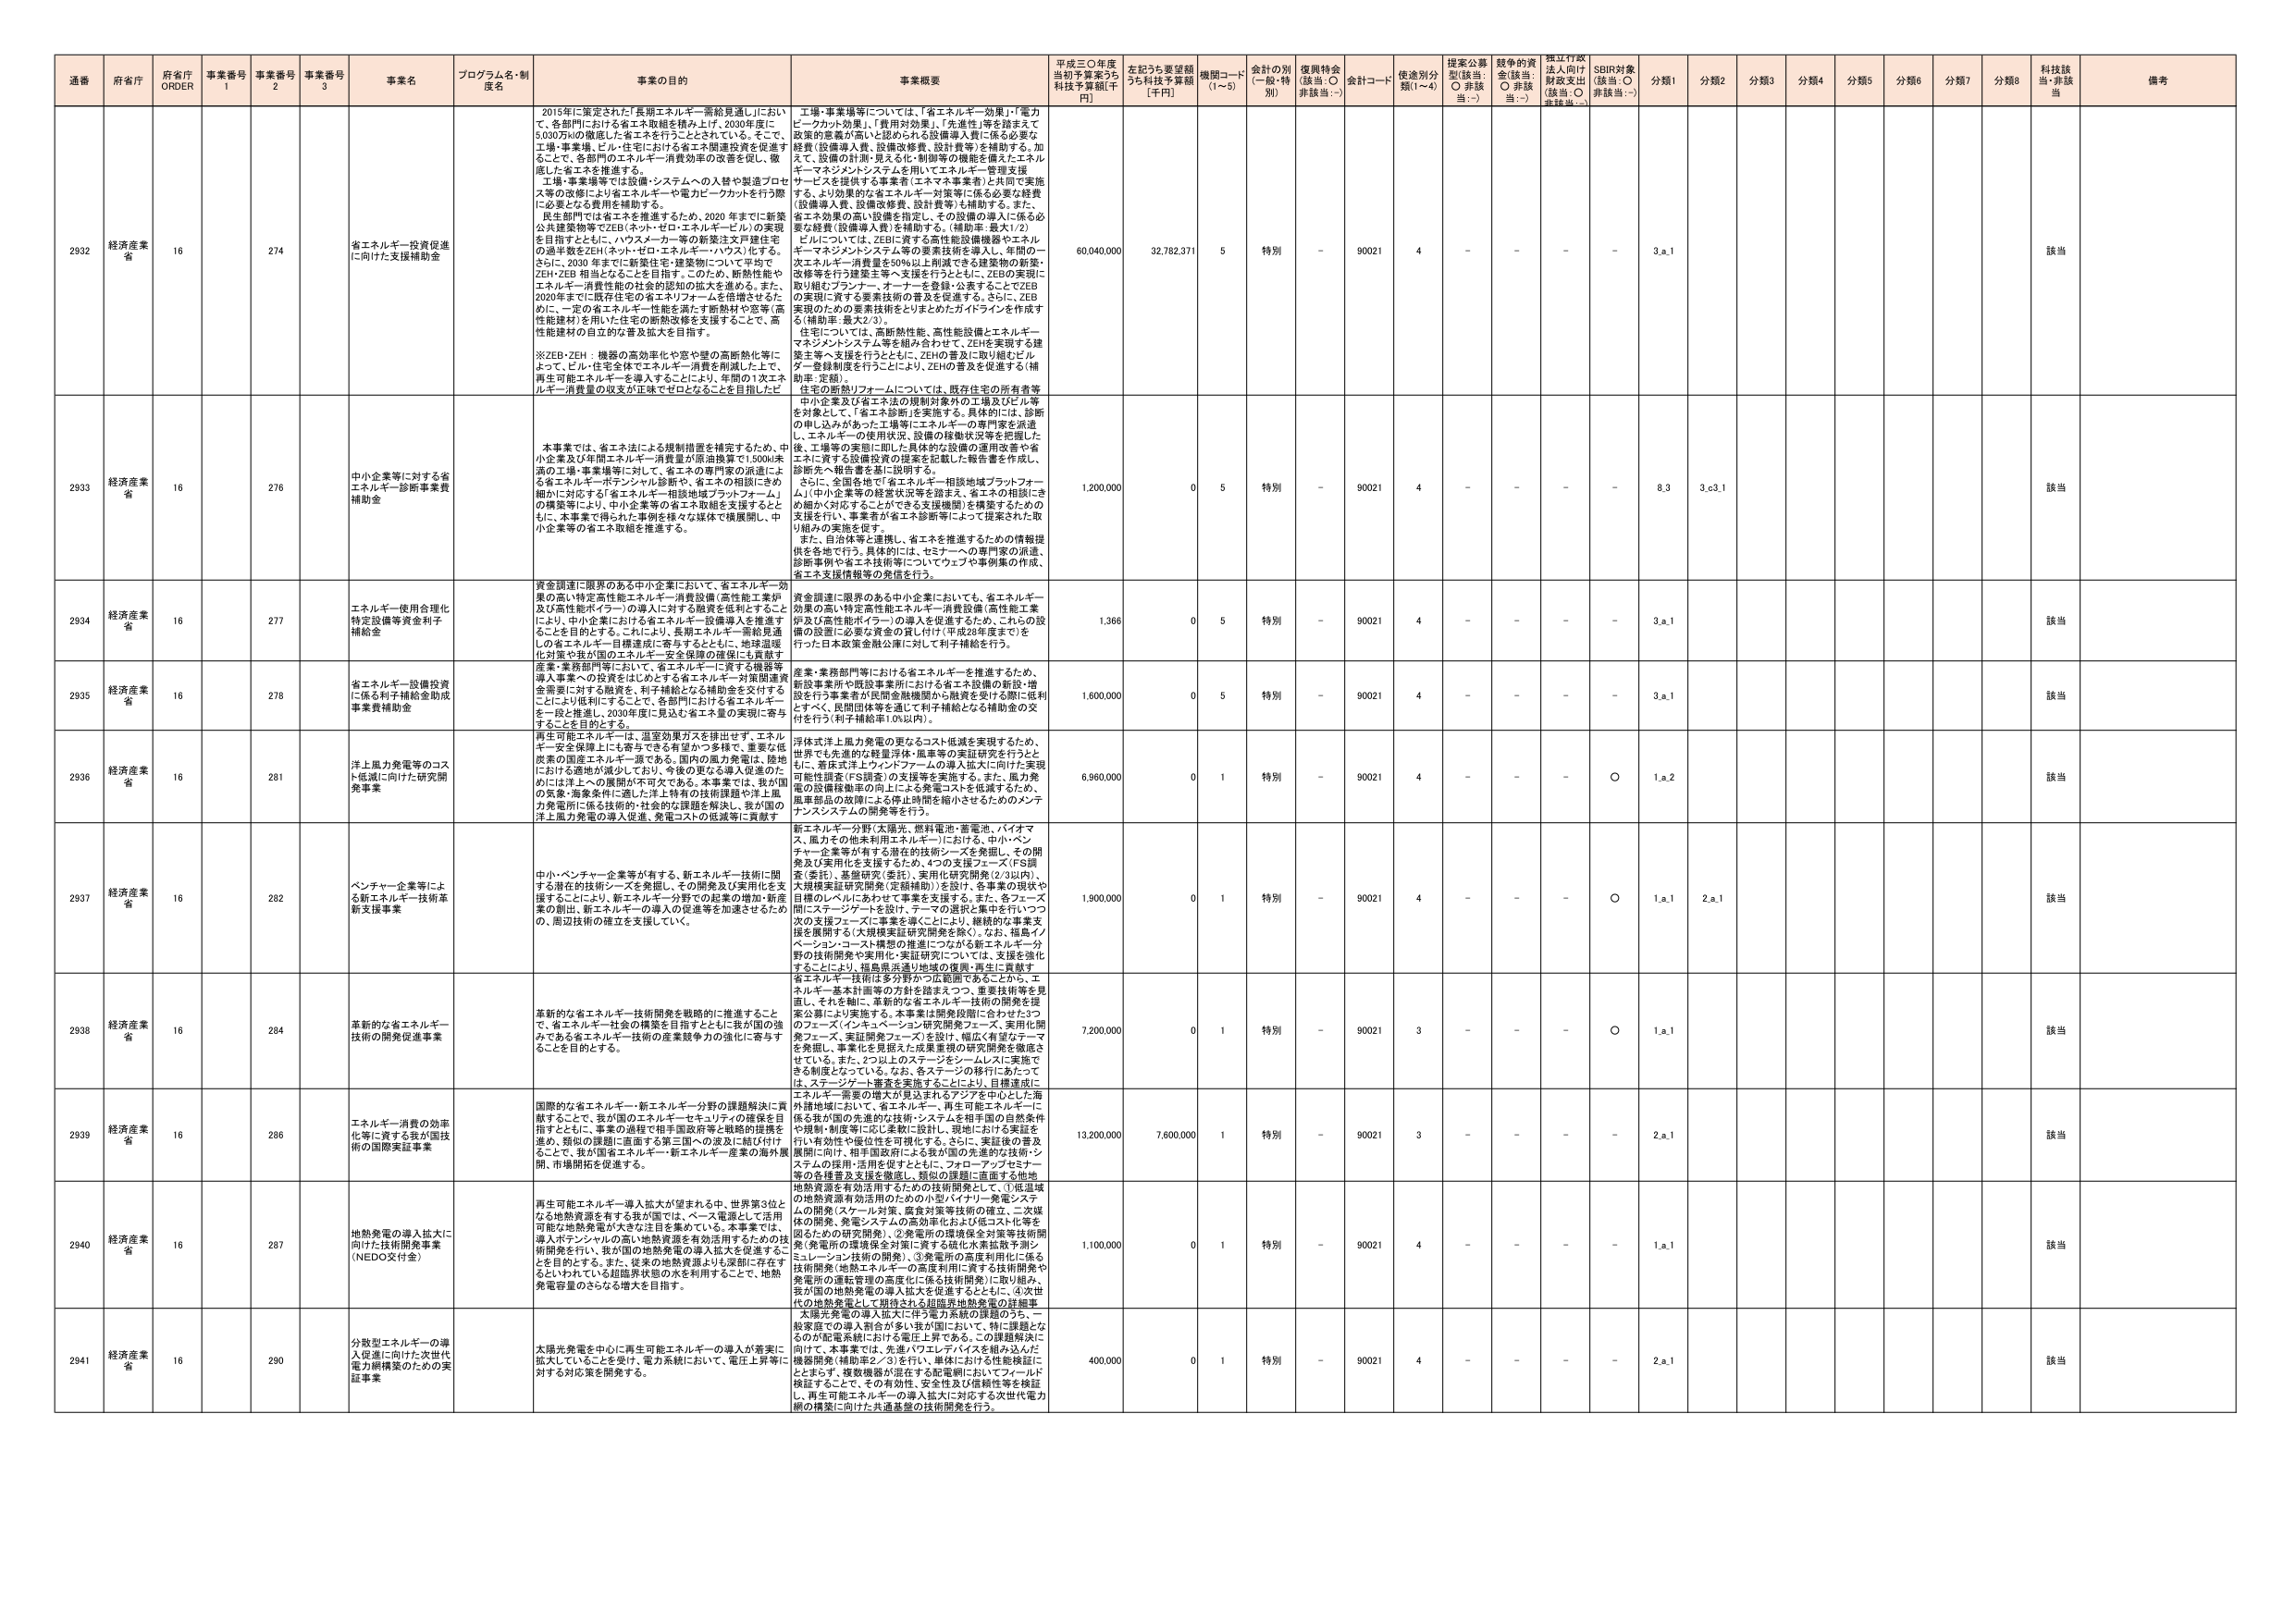
通番 府省庁 府省庁 ORDER 事業番号 1 事業番号 2 事業番号 3 事業名 プログラム名・制度名 事業の目的 事業概要 平成三〇年度 当初予算案うち 科技予算額[千円] 左記うち要望額 うち科技予算額 [千円] 機関コード (1~5) 会計の別 (一般・特別) 復興特会 (該当:○ 非該当:－) 会計コード 使途別分類(1~4) 提案公募型(該当:○ 非該当:－) 競争的資金(該当:○ 非該当:－) 標江行政法人向け財政支出(該当:○ 非該当:－) SDBR対象(該当:○ 非該当:－) 分類1 分類2 分類3 分類4 分類5 分類6 分類7 分類8 科技該当・非該当 備考

2932 経済産業省 16 274 省エネルギー投資促進に向けた支援補助金 2015年に策定された「長期エネルギー需給見通し」において、各部門における省エネ取組を積み上げ、2030年度に5,030万kの微塵した省エネを行うこととされている。そこで、工場・事業場、ビル・住宅における省エネ関連投資を促進することで、各部門のエネルギー消費効率の改善を促し、徹底した省エネを推進する。工場・事業場等では設備・システムへの入替や製造プロセス等の改修により省エネルギー・電力ピークカットを行う際に必要となる費用を補助する。民生部門では省エネを推進するため、2020 年までに新築公共建築物等でZEB（ネット・ゼロ・エネルギー・ビル）の実現を目標ととともに、ハウスメーカー等の新築注文戸建住宅を過半数をZEH（ネット・ゼロ・エネルギー・ハウス）化する。さらに、2030 年までに建築性能・建築物について、ZEH・ZEB 相当となることを目指す。このため、断熱性能やエネルギー消費性能の社会的認知の拡大を進める。また、2020年までに既存住宅の省エネルギー・省エネ倍増させるために、一定の省エネルギー性能を満たす断熱材や窓等（高性能建材）を用いた住宅の断熱改修を支援することで、高性能建材の自立的な普及拡大を目指す。※ZEB・ZEH：機器の高効率化や窓や壁の高断熱化等によって、ビル・住宅全体でエネルギー消費を削減した上で、再生可能エネルギーを導入することにより、年間の1次エネルギー消費量の収支が正味ゼロとなることを目指したビ 工場・事業場等については、「省エネルギー効果」・「電力ピークカット効果」、「費用対効果」、「先進性」等を踏まえて政策的意義が高いと認められる設備導入費に係る必要な経費（設備導入費、設備改修費、設計費等）を補助する。加えて、設備の計画・見える化・制御等の機能を備えたエネルギー・マネジメントシステムを用いてエネルギー管理支援サービスを提供する事業者（エネマネ事業者）と共同で実施する、より効果的な省エネルギー対策等に係る必要な経費（設備導入費、設備改修費、設計費等）も補助する。また、省エネ効果の高い設備を指定し、その設備の導入に係る必要な経費（設備導入費）を補助する。（補助率：最大1/2）ビルについては、ZEBに資する高性能設備機器やエネルギー・マネジメントシステムを導入し、年間の一次エネルギー消費量を50％以上削減できる建築物の新築・改修等を行う建築主等へ支援を行うとともに、ZEBの実現に取り組むプランナー、オーナーを登録・公表することでZEBの実現に資する要素技術の普及を促進する。さらに、ZEB実現のための要素技術をとりまとめたガイドラインを作成する（補助率：最大2/3）。住宅については、高断熱性能、高性能設備とエネルギー・マネジメントシステム等を組み合わせて、ZEHを実現する建築主等へ支援を行うとともに、ZEHの普及に取り組むエネルギー登録制度を行うことにより、ZEHの普及を促進する（補助率：定額）。住宅の断熱リフォームについては、既存住宅の所有者等中小企業及び省エネ法の規制対象外の工場及びビル等を対象として、「省エネ診断」を実施する。具体的には、診断の申し込みがあった工場等にエネルギーの専門家を派遣し、エネルギーの使用状況、設備の稼働状況等を把握した後、工場等の実態に即した具体的な設備の運用改善や省エネに対する設備投資の提案を記載した報告書を作成し、診断先へ報告書を書面で説明する。さらに、全国各地で「省エネルギー相談地域プラットフォーム」（中小企業等の経営状況等を踏まえ、省エネの相談にきめ細かく対応することができる支援機関）を構築するための支援を行い、事業者が省エネ診断等によって提案された取り組みの実施を促す。また、自治体等と連携し、省エネを推進するための情報提供を各地で行う。具体的には、セミナーへの専門家の派遣、診断事例や省エネ技術等についてウェブや事例集の作成、省エネ支援情報等の発信を行う。 60,040,000 32,782,371 5 特別 - 90021 4 - - - - 3.a.1 該当

2933 経済産業省 16 276 中小企業等に対する省エネルギー診断事業費補助金 本事業では、省エネ法による規制措置を補完するため、中小企業及び年間エネルギー消費量が原油換算で1,500kl未満の工場・事業場等に対して、省エネの専門家の派遣による省エネルギー・ポテンシャル診断や、省エネの相談にきめ細かに対応する「省エネルギー相談地域プラットフォーム」の構築等により、中小企業等の省エネ取組を支援するとともに、本事業で得られた事例を様々な媒体で横展開し、中小企業等の省エネ取組を推進する。 1,200,000 0 5 特別 - 90021 4 - - - - 8.3 3.c.3.1 該当

2934 経済産業省 16 277 エネルギー使用合理化特定設備等資金利子補給金 資金調達に限界のある中小企業において、省エネルギー効果の高い特定高性能エネルギー消費設備（高性能工業炉及び高性能ボイラー）の導入に対する融資を低利とする。ことにより、中小企業における省エネルギー設備導入を推進することを目的とする。これにより、長期エネルギー需給見通しの省エネルギー目標達成に寄与するとともに、地球温暖化対策や我が国のエネルギー安全保障の確保にも貢献す 資金調達に限界のある中小企業においても、省エネルギー効果の高い特定高性能エネルギー消費設備（高性能工業炉及び高性能ボイラー）の導入を促進するため、これらの設備の設置に必要な資金の住宅で1（平成29年度まで）を行った日本政策金融公庫に対して利子補給を行う。 1,366 0 5 特別 - 90021 4 - - - - 3.a.1 該当

2935 経済産業省 16 278 省エネルギー設備投資に係る利子補給金助成事業費補助金 産業・業務部門等における省エネルギーを推進するため、新設事業所や既設事業所における省エネ設備の新設・増設を行う事業者が民間金融機関から融資を受けた際に低利とすべく、民間団体等を通じて利子補給となる補助金の交付を行う（利子補給率1.0%以内）。 1,600,000 0 5 特別 - 90021 4 - - - - 3.a.1 該当

2936 経済産業省 16 281 洋上風力発電等のコスト低減に向けた研究開発事業 再生可能エネルギーは、温室効果ガスを排出せず、エネルギー安全保障上にも寄与できる有望かつ多様で、重要な低炭素の国産エネルギー源である。国内の風力発電は、陸地上における過剰が減少しており、今後の更なる導入促進のためには洋上への展開が不可欠である。本事業では、我が国の気象・海象条件に適した洋上特有の技術課題や洋上風力発電所に係る技術的・社会的な課題を解決し、我が国の洋上風力発電の導入促進、発電コストの低減等に貢献す 洋体式洋上風力発電の更なるコスト低減を実現するため、世界でも先進的な軽量洋体・風車等の実証研究を行うとともに、着床式洋上ウインドファームの導入拡大に向けた実現可能性調査（FS調査）の支援等を実施する。また、風力発電の設備稼働率の向上による発電コストを低減するため、風車部品の故障による停止時間を縮小させるためのメンテナンスシステムの開発等を行う。 6,960,000 0 1 特別 - 90021 4 - - - ○ 1.a.2 該当

2937 経済産業省 16 282 ベンチャー企業等による新エネルギー技術革新支援事業 中小・ベンチャー企業等が有する、新エネルギー技術に関する潜在的技術シーズを発掘し、その開発及び実用化を支援することにより、新エネルギー分野での産業の増加・新産業の創出、新エネルギーの導入の促進等を加速させるための、周辺技術の確立を支援していく。 新エネルギー分野（太陽光、燃料電池・蓄電池、バイオマス、風力その他未利用エネルギー）における、中小・ベンチャー企業等が有する潜在的技術シーズを発掘し、その開発及び実用化を支援するため、4つの支援フェーズ（FS調査（委託）、基礎研究（委託）、実用化研究開発（2/3以内）、大規模実証研究開発（実証補助））を設け、各事業の現状や目標のレベルにあわせて事業を支援する。また、各フェーズ間にステージゲートを設け、テーマの選定と集中を行いつつ次の支援フェーズに事業を導くことにより、継続的な事業支援を展開する（大規模実証研究開発を除く）。なお、福島イノベーション・コート構想の推進にこがる新エネルギー分野の技術開発や実用化・実証研究については、支援を強化することにより、福島県浜通り地域の復興・再生に貢献す 1,900,000 0 1 特別 - 90021 4 - - - ○ 1.a.1 2.a.1 該当

2938 経済産業省 16 284 革新的な省エネルギー技術の開発促進事業 革新的な省エネルギー技術開発を戦略的に推進することで、省エネルギー社会の構築を目指すとともに我が国の強みである省エネルギー技術の産業競争力の強化に寄与することを目的とする。 省エネルギー技術は多分野かつ広範囲であることから、エネルギー基本計画等の分野を踏まえつつ、重要技術等を見直し、それを軸に、革新的な省エネルギー技術の開発を提案公募により実施する。本事業は開発段階に合わせた3つのフェーズ（イノキュベーション研究開発フェーズ、実用化開発フェーズ、実証開発フェーズ）を設け、幅広く有望なテーマを発掘し、事業化を支援した成果重視の研究開発を徹底させている。また、2つ以上のステージをシームレスに実施できる制度となっている。なお、各ステージの移行にあたっては、ステージゲート審査を実施することにより、目標達成に 7,200,000 0 1 特別 - 90021 3 - - - ○ 1.a.1 該当

2939 経済産業省 16 286 エネルギー消費の効率化等に資する我が国技術の国際実証事業 国際的な省エネルギー・新エネルギー分野の課題解決に貢献することで、我が国のエネルギー・セキュリティの確保を目指すとともに、事業の過程で相手国政府等と戦略的提携を進め、類似の課題に直面する第三国への波及に結び付けることで、我が国省エネルギー・新エネルギー産業の海外展開、市場開拓を促進する。 エネルギー需要の増大が見込まれるアジアを中心とした海外諸地域において、省エネルギー・再生可能エネルギーに係る我が国の先進的な技術・システムを相手国の自然条件や規制・制度等に応じ柔軟に設計し、現地における実証を行い有効性や優位性を可視化する。さらに、実証後の普及展開に向け、相手国政府による我が国の先進的な技術・システムの採用・活用を促すとともに、フォローアップセミナー等の各種普及支援を徹底し、類似の課題に直面する他地域熱資源を有効活用するための技術開発として、①低温域の地熱資源有効活用のための小型バイナリー発電システムの開発（ペール対策、腐食対策等技術の確立、二次媒体の開発、発電システムの高効率化および低コスト化等を図るための研究開発）、②発電所の環境保全対策等技術開発（発電所の環境保全対策に資する硫化水素拡散予測シミュレーション技術の開発）、③発電所の高度利用化に係る技術開発（発電所に資する技術開発や発電所の運転管理の高度化に係る技術開発）に取り組み、我が国の地熱発電の導入拡大を促進するとともに、④次世代の地熱発電として期待される超臨界地熱発電の詳細事 13,200,000 7,600,000 1 特別 - 90021 3 - - - - 2.a.1 該当

2940 経済産業省 16 287 地熱発電の導入拡大に向けた技術開発事業（NEDO交付金） 再生可能エネルギー導入拡大が望まれる中、世界第3位となる地熱資源を有する我が国では、ベース電源として活用可能な地熱発電が大きな注目を集めている。本事業では、導入ポテンシャルの高い地熱資源を有効活用するための技術開発を行い、我が国の地熱発電の導入拡大を促進することを目的とする。また、従来の地熱資源よりも深部に存在するとされている超臨界状態の水を利用することで、地熱発電容量のさらなる増大を目指す。 1,100,000 0 1 特別 - 90021 4 - - - - 1.a.1 該当

2941 経済産業省 16 290 分散型エネルギーの導入促進に向けた次世代電力網構築のための実証事業 太陽光発電を中心に再生可能エネルギーの導入が着実に拡大していることを受け、電力系統において、電圧上昇等に対する対応策を開発する。 太陽光発電の導入拡大に伴う電力系統の課題のうち、最優先での導入割合が多い我が国において、特に課題となるのが配電系統における電圧上昇である。この課題解決に向けて、本事業では、先進パワーエレクトロニクスを組み込んだ機器開発（補助率2／3）を行い、単体における性能検証にとどまらず、複数機器が混在する配電網においてフィールド検証することで、その有効性、安全性及び信頼性等を検証し、再生可能エネルギーの導入拡大に対応する次世代電力網の構築に向けた共通基盤の技術開発を行う。 400,000 0 1 特別 - 90021 4 - - - - 2.a.1 該当